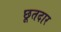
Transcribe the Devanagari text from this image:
छूतदार